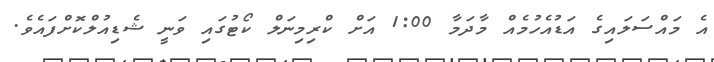
އެ މައްސަލައިގެ އަޑުއެހުމެއް މާދަމާ 1:00 އަށް ކްރިމިނަލް ކޯޓުގައި ވަނީ ޝެޑިއުލްކޮށްފައެވެ.